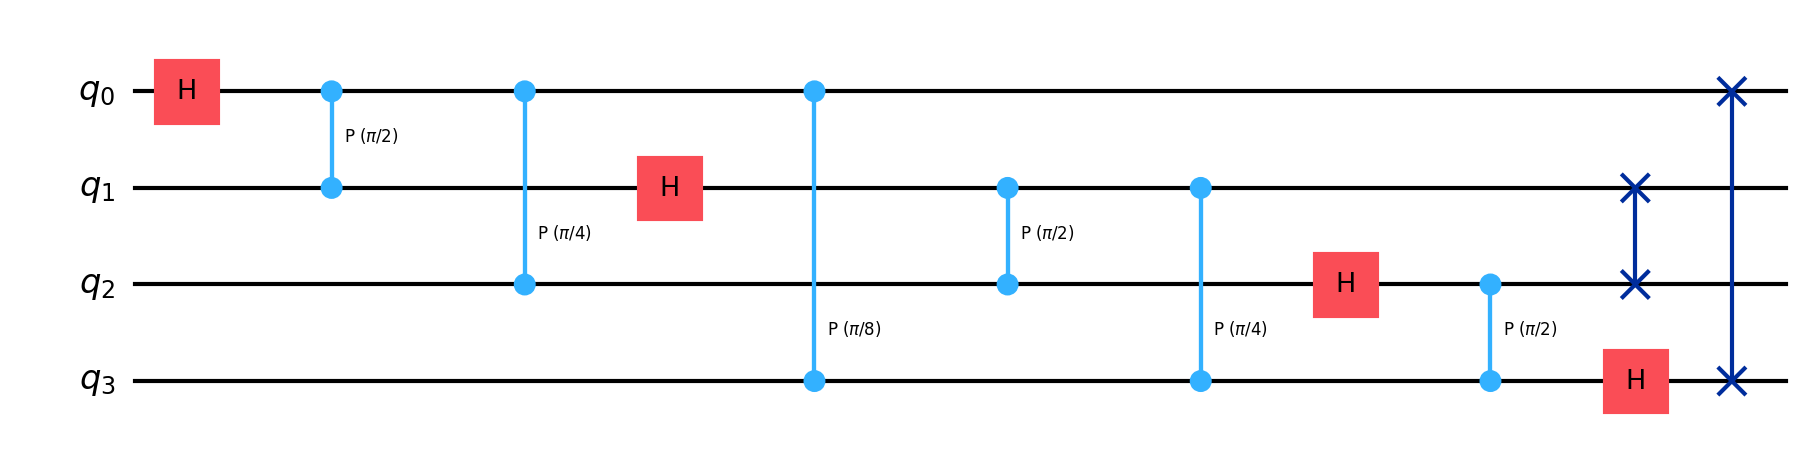
Description: 4-qubit Quantum Fourier Transform
描述: 4量子比特量子傅里叶变换
Category: qubit_scaling (difficulty: intermediate)
Qubits: 4, circuit depth: 8

Braket implementation:
import math
from braket.circuits import Circuit
circuit = Circuit()
for i in range(4):
    circuit.h(i)
    for j in range(i + 1, 4):
        circuit.cphaseshift(j, i, math.pi / 2 ** (j - i))
circuit.swap(0, 3)
circuit.swap(1, 2)

Qiskit implementation:
import math
from qiskit import QuantumCircuit
circuit = QuantumCircuit(4)
for i in range(4):
    circuit.h(i)
    for j in range(i + 1, 4):
        circuit.cp(math.pi / 2 ** (j - i, j, i))
circuit.swap(0, 3)
circuit.swap(1, 2)